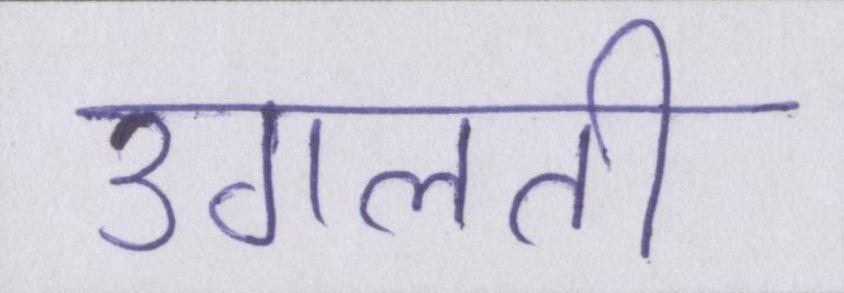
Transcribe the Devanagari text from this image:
उगलती